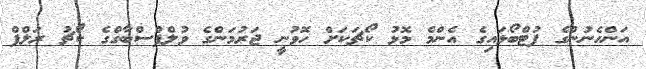
އަންހެނުންގެ ފުޓްބޯޅައިގެ އެންމެ މޮޅު ކޯޗަކަށް ހޮވުނީ ޖަރުމަންގެ ވުލްފްސްބާގްގެެ ކޯޗު ރަލްފް